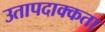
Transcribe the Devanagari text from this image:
उतापदाक्कता